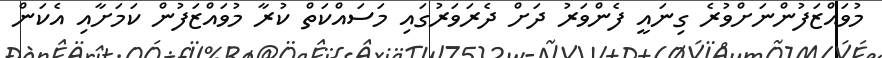
މުވައްޒަފުންނަށްވުރެ ގިނައީ ފެންވަރު ދަށް ދެރަވަރުގައި މަސައްކަތް ކުރާ މުވައްޒަފުން ކަމަށާއި އެކަން